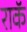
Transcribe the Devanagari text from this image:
राकॅ